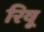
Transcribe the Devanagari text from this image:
रिवू